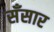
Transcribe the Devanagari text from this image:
सँसार